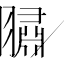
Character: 𮋕